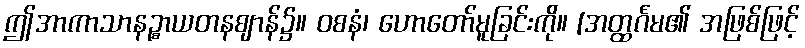
ဤအာကာသာနဉ္စာယတနဈာန်၌။ ဝစနံ၊ ဟောတော်မူခြင်းကို။ [အတ္ထင်္ဂမ၏ အဖြစ်ဖြင့်